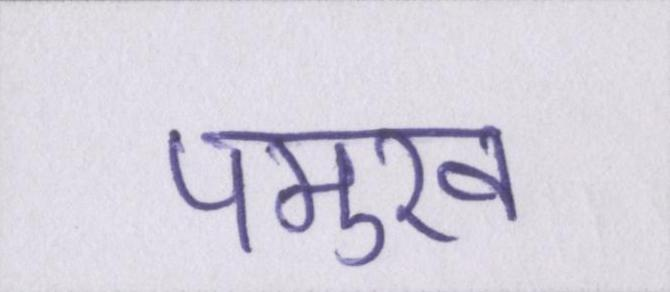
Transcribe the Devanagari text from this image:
पमुख